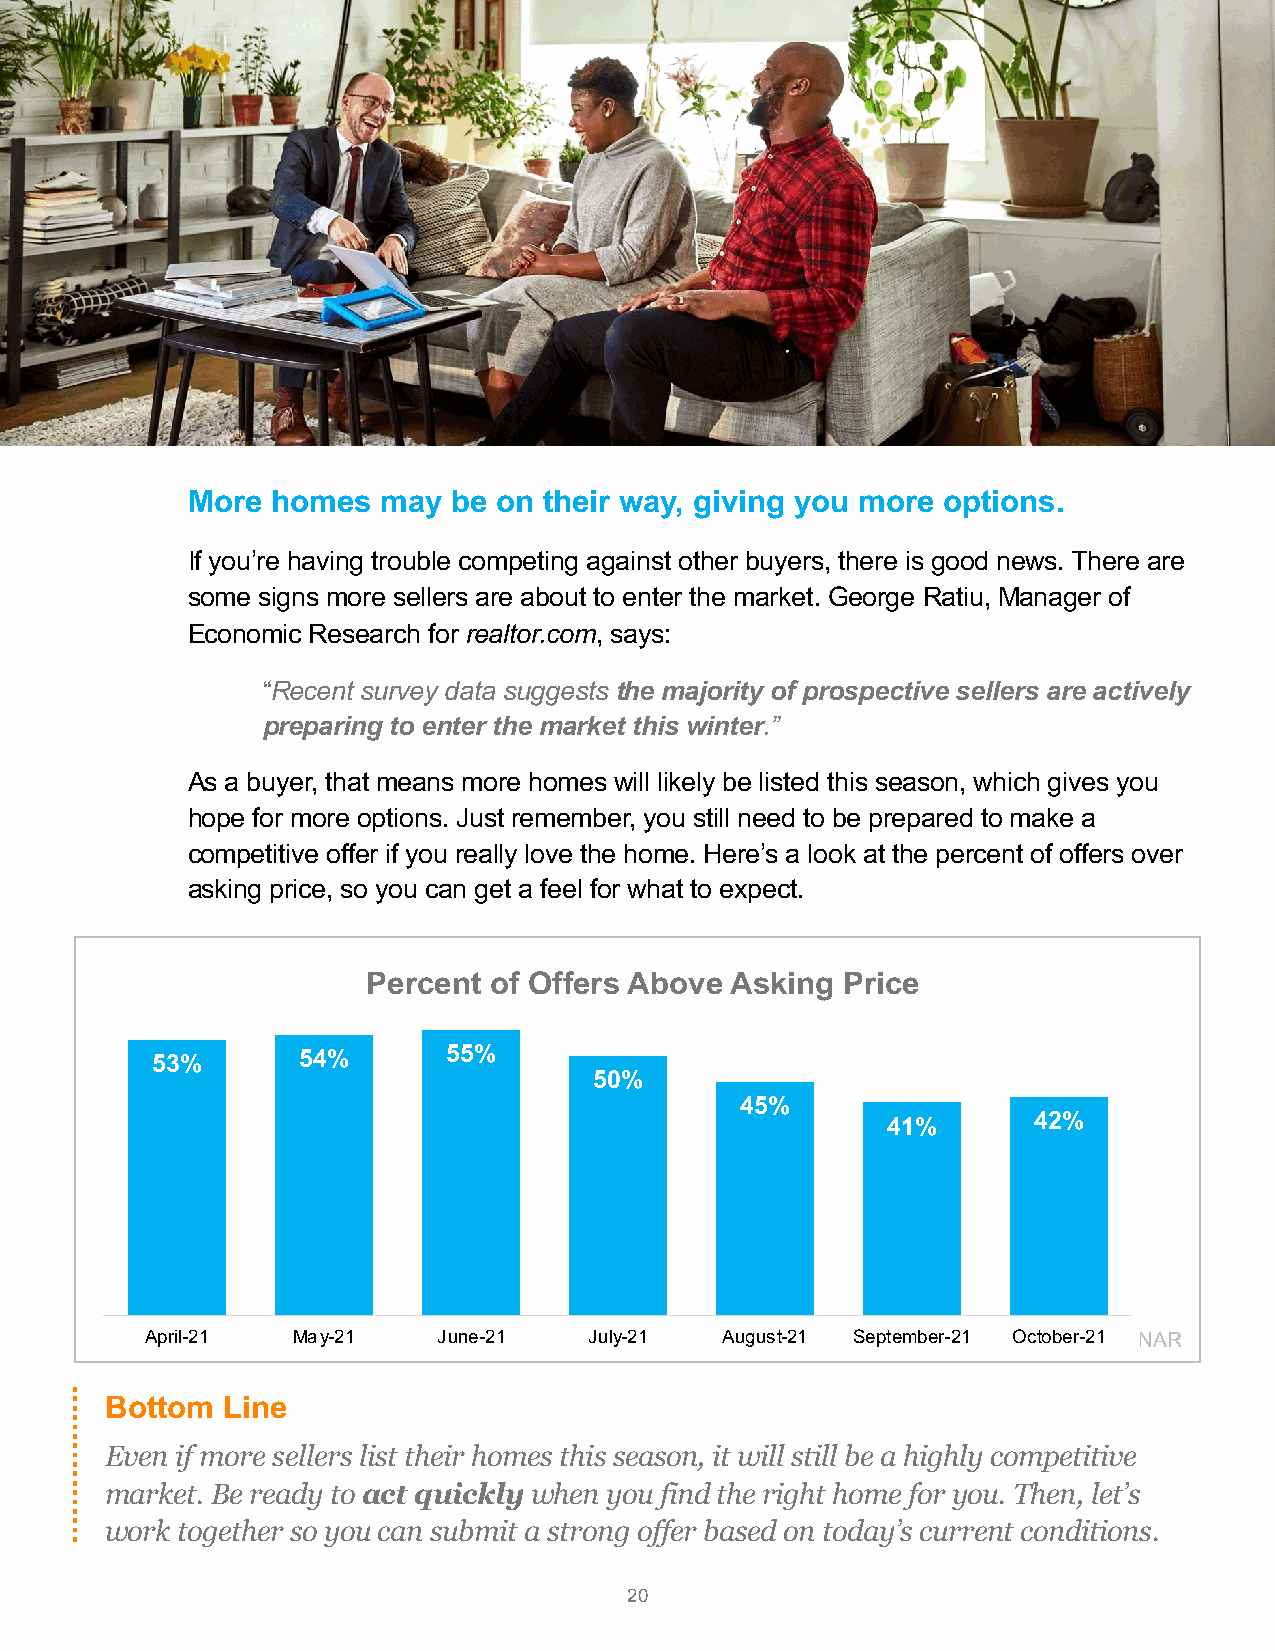
More  homes  may  be on their way, giving you more options.
 If you’re having trouble competing against other buyers, there is good news. There are
 some signs more sellers are about to enter the market. George Ratiu, Manager of
 Economic Research for realtor.com, says:
 “Recent survey data suggests the majority of prospective sellers are actively
 preparing to enter the market this winter.”
 As a buyer, that means more homes will likely be listed this season, which gives you
 hope for more options. Just remember, you still need to be prepared to make a
 competitive offer if you really love the home. Here’s a look at the percent of offers over
 asking price, so you can get a feel for what to expect.
 Percent of Offers Above Asking  Price
 53%       54%       55%
 50%
 45%
 41%      42%
 April-21 May-21    June-21   July-21  August-21 September-21 October-21 NAR
 Bottom  Line
 Even if more sellers list their homes this season, it will still be a highly competitive
 market. Be ready to act quickly when you find the right home for you. Then, let’s
 work together so you can submit a strong offer based on today’s current conditions.
 20